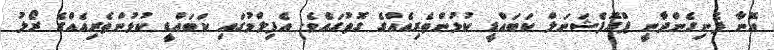
އޭނާ ފެނިގެންދާނީ ޕްރޮފެޝަނަލް ކަބައްޑީ ކުޅުންތެރިއެއްގެ ގޮތުގައެވެ. އެފިލްމުގައި ކަބައްޑީ ކުޅުންތެރިއެއްގެ ރޯލު